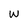
Character: w